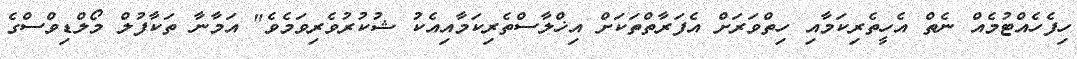
ހިފެހެއްޓުމެއް ނެތް އެހީތެރިކަމާއި ހިތްވަރަށް އެފަރާތްތަކަށް އިޚްލާސްތެރިކަމާއިއެކު ޝުކުރުވެރިވަމެވެ" އަމާނާ ތަކާފުލް މޯލްޑިވްސްގެ